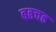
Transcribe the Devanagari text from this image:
बढचढ